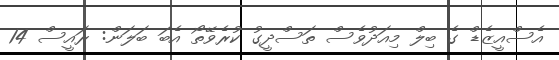
އެސްއީޒެޑް ގެ ބިލް މިއަދުވެސް ތަސްދީގު ކުރެވޭތޯ އެބަ ބަލަން: ރައީސް 14